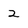
Character: 2